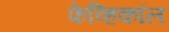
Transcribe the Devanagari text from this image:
फेव्हिकॉल